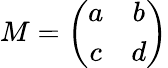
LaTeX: M=\left(\begin{array}{cc}{{a}}&{{b}}\\ {{c}}&{{d}}\end{array}\right)